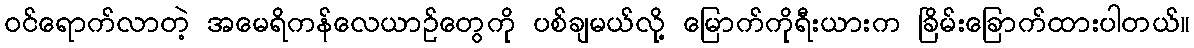
၀င်ရောက်လာတဲ့ အမေရိကန်လေယာဉ်တွေကို ပစ်ချမယ်လို့ မြောက်ကိုရီးယားက ခြိမ်းခြောက်ထားပါတယ်။